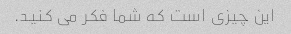
این چیزی است که شما فکر می کنید.